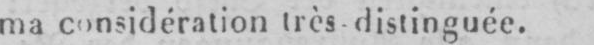
ma considération très distinguée.